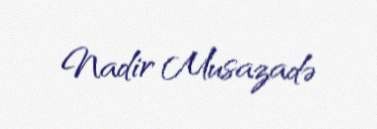
Nadir Musazadə